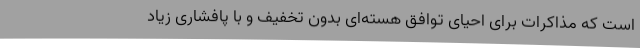
است که مذاکرات برای احیای توافق هسته‌ای بدون تخفیف و با پافشاری زیاد